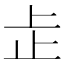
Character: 𬅸